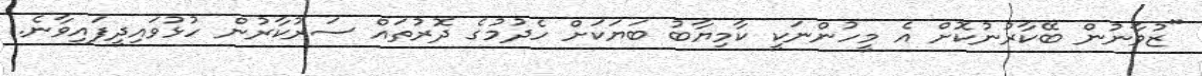
"ޒުވާނުން ބޭކާރުނުކޮށް އެ މީހުންނަކީ ކާމިޔާބު ބަޔަކަށް ހެދުމުގެ ދޮރުތައް ސަރުކާރުން ހުޅުވައިދީފައިވާނެ.